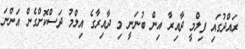
ރައްދުގައި ފިލްމީ ދާއިރާ އިން ބުނަނީ މި ދާއިރާގެ އިލްމު ދަސްކޮށްގެން އަންނަ